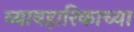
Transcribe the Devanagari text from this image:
व्यावहारिकाच्या